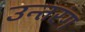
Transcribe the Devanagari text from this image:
उन्तरंग